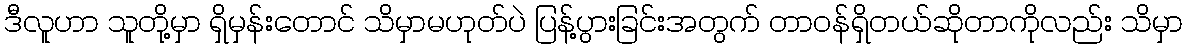
ဒီလူဟာ သူတို့မှာ ရှိမှန်းတောင် သိမှာမဟုတ်ပဲ ပြန့်ပွားခြင်းအတွက် တာဝန်ရှိတယ်ဆိုတာကိုလည်း သိမှာ